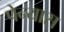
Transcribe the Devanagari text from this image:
पेन्यास